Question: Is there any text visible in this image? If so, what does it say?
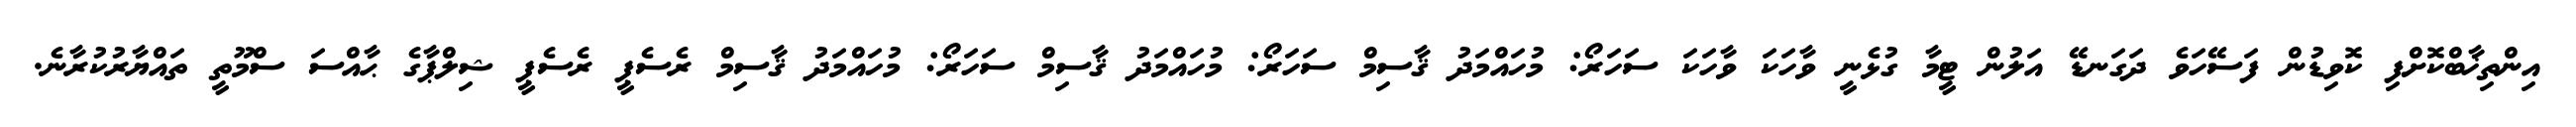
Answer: އިންތިޚާބްކޮށްފި ކޮވިޑުން ފަސޭހަވެ ދަގަނޑޭ އަލުން ޓީމާ ގުޅެނީ ވާހަކަ ވާހަކަ ސަހަރޯ: މުހައްމަދު ޤާސިމް ސަހަރޯ: މުހައްމަދު ޤާސިމް ސަހަރޯ: މުހައްމަދު ޤާސިމް ރެސެޕީ ރެސެޕީ ޝިލްޕާގެ ޙާއްސަ ސްމޫތީ ތައްޔާރުކުރާނެ.